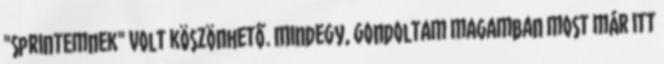
"sprintemnek" volt köszönhető. Mindegy, gondoltam magamban most már itt